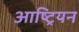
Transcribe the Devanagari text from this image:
आष्ट्रियन